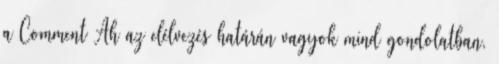
a Comment Ah az elélvezés határán vagyok mind gondolatban,